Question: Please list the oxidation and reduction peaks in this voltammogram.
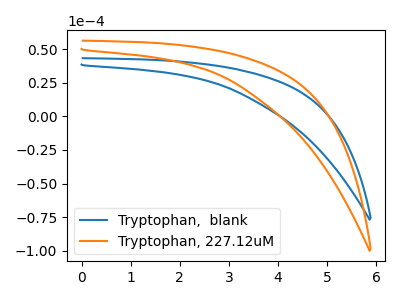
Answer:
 <answer>The blue curve "Tryptophan,  blank" has no peaks. The orange curve "Tryptophan, 227.12uM" has no peaks.</answer>
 <eval></eval>